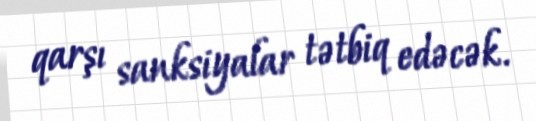
qarşı sanksiyalar tətbiq edəcək.